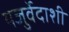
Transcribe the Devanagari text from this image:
यजुर्वेदाशी